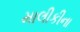
માલીકીના